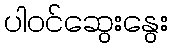
ပါဝင်ဆွေးနွေး